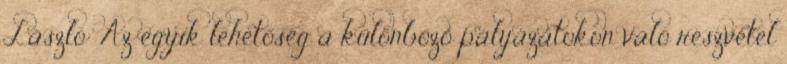
László: Az egyik lehetőség a különböző pályázatokon való részvétel